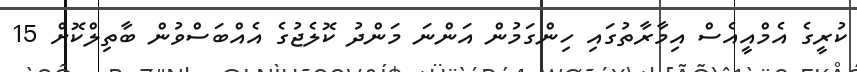
ކުރީގެ އެމްއީއެސް އިމާރާތުގައި ހިންގަމުން އަންނަ މަންދު ކޮލެޖުގެ އެއްބަސްވުން ބާތިލްކޮށް 15